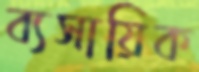
ব্যসায়িক